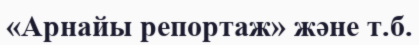
«Арнайы репортаж» және т.б.